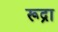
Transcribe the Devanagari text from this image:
रूद्रा